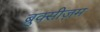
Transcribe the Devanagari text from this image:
ब्रुक्सीज़म